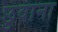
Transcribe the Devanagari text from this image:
छुवाना